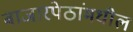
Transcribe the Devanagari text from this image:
बाजारपेठांमधील